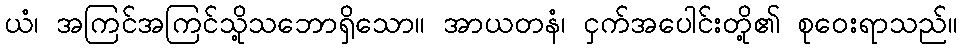
ယံ၊ အကြင်အကြင်သို့သဘောရှိသော။ အာယတနံ၊ ငှက်အပေါင်းတို့၏ စုဝေးရာသည်။